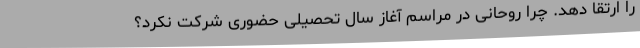
را ارتقا دهد. چرا روحانی در مراسم آغاز سال تحصیلی حضوری شرکت نکرد؟